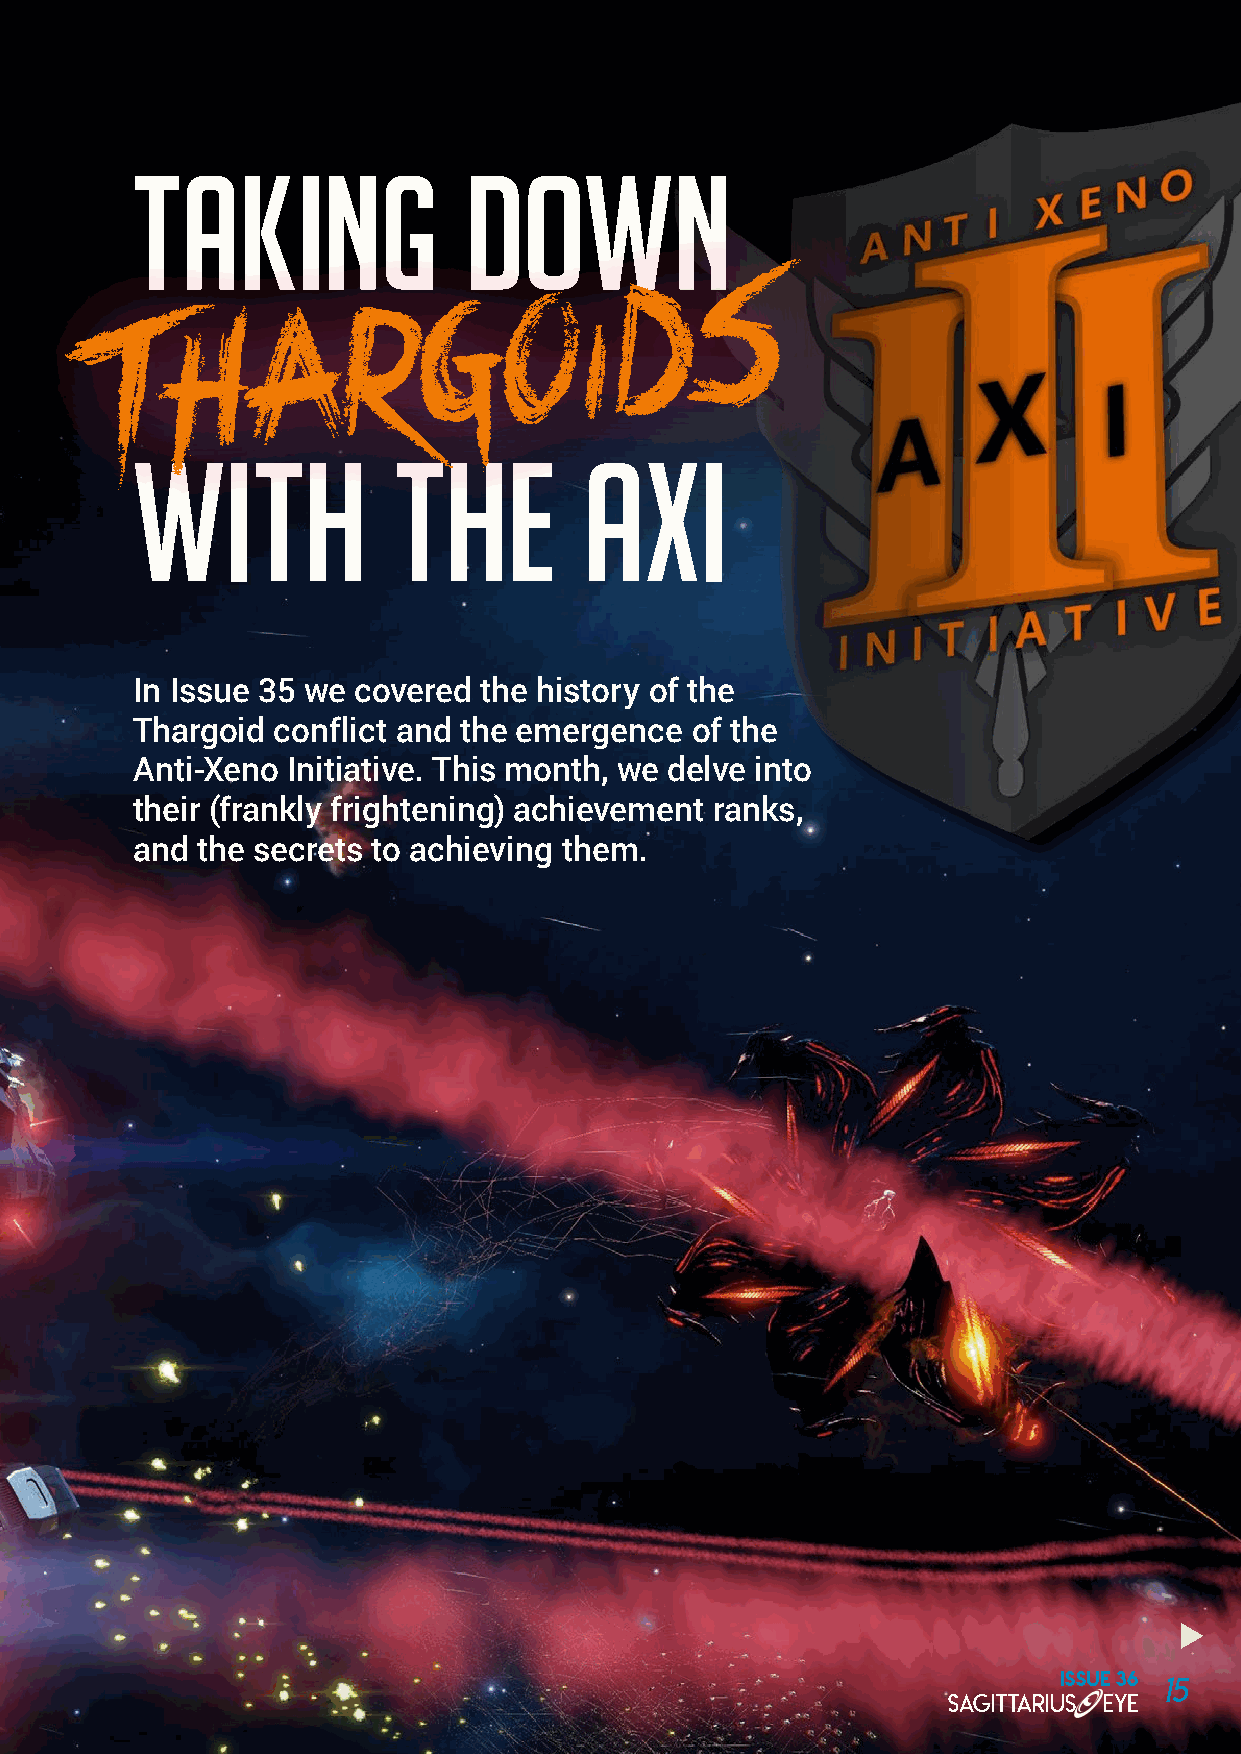
Taking                down
 s
 d
 o    i
 g
 a     r
 h
 T
 with             the          AXI
 In Issue 35 we covered the history of the
 Thargoid conflict and the emergence  of the
 Anti-Xeno Initiative. This month, we delve into
 their (frankly frightening) achievement ranks,
 and the secrets to achieving them.
 ISSUE 36 15